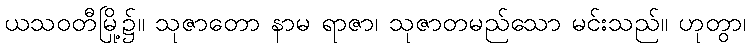
ယသဝတီမြို့၌။ သုဇာတော နာမ ရာဇာ၊ သုဇာတမည်သော မင်းသည်။ ဟုတွာ၊